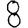
Digit: 8